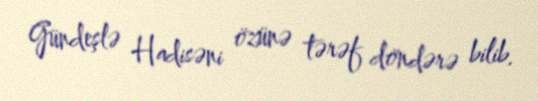
Gündeşlə Hadisəni özünə tərəf döndərə bilib.